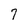
Character: 7